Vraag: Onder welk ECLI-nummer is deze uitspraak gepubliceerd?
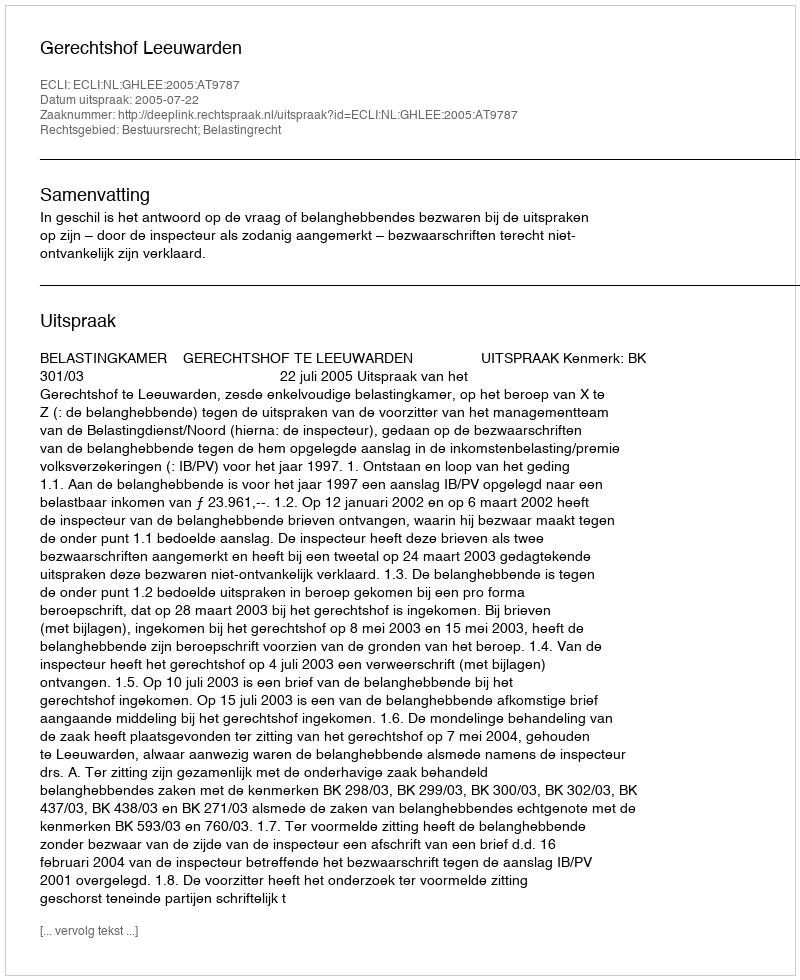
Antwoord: ECLI:NL:GHLEE:2005:AT9787